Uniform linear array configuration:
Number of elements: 16
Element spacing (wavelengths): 0.25
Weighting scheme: cosine
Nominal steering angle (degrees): -60
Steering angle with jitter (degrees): -59.227
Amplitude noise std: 0.05
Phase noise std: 0.05

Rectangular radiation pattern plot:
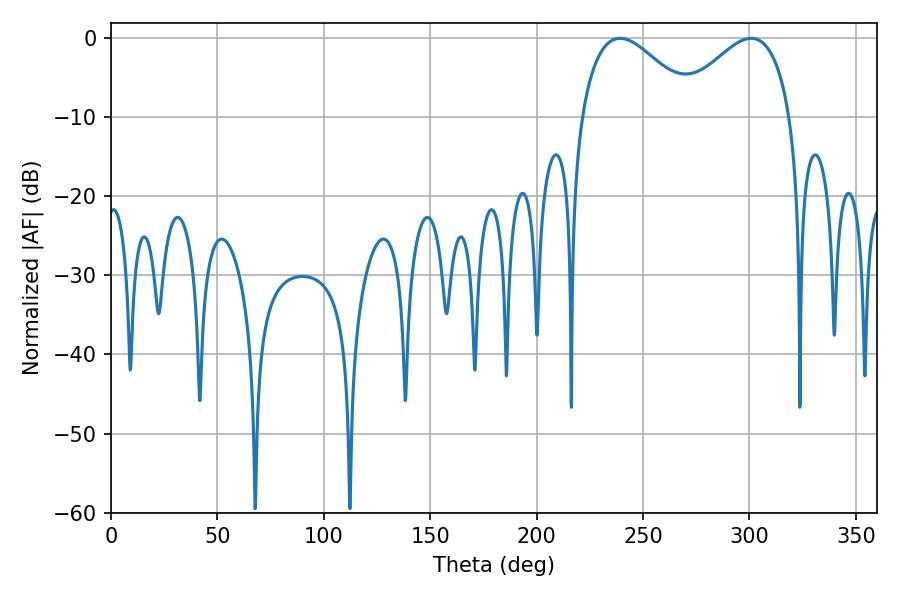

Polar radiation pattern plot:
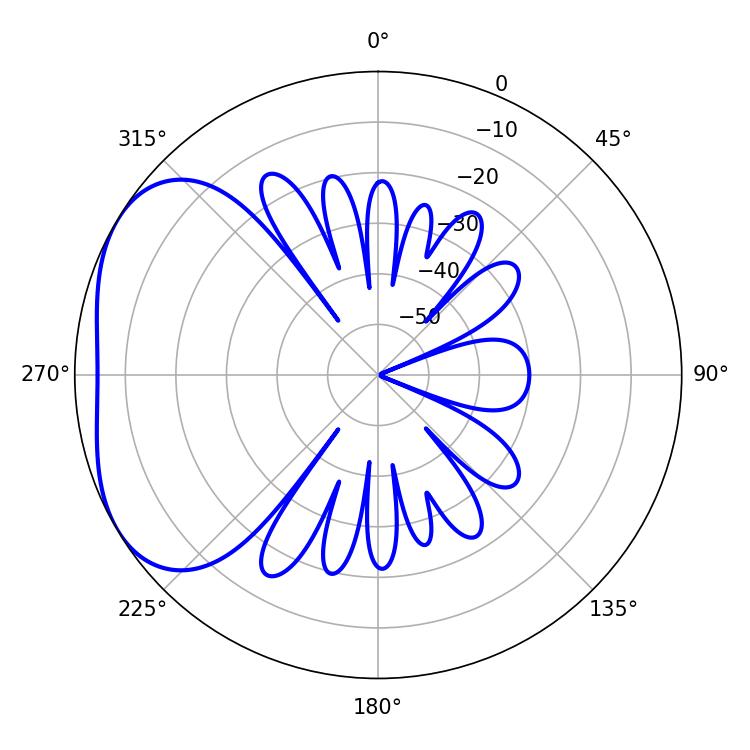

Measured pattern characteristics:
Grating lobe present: FALSE
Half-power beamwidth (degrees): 29.34
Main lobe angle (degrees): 239.22